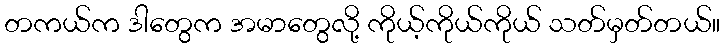
တကယ်က ဒါတွေက အမာတွေလို့ ကိုယ့်ကိုယ်ကိုယ် သတ်မှတ်တယ်။